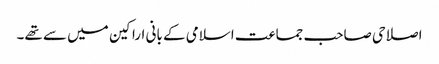
اصلاحی صاحب جماعت اسلامی کے بانی اراکین میں سے تھے۔